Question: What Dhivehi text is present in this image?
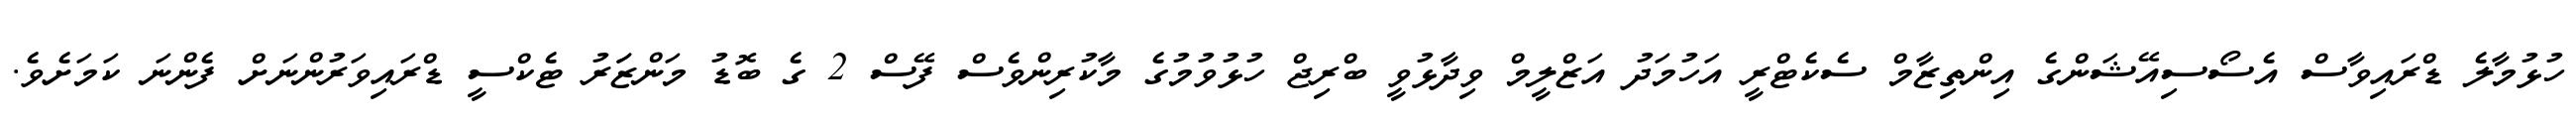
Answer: ހުޅުމާލެ ޑްރައިވާސް އެސޯސިއޭޝަންގެ އިންތިޒާމް ސެކެޓްރީ އަހުމަދު އަޒްލީމް ވިދާޅުވީ ބްރިޖް ހުޅުވުމުގެ މާކުރިންވެސް ފޭސް 2 ގެ ބޮޑު މަންޒަަރު ޓެކްސީ ޑްރައިވަރުންނަށް ފެންނަ ކަމަށެވެ.